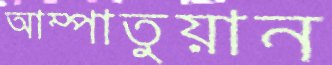
আম্পাতুয়ান